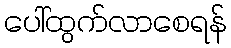
ပေါ်ထွက်လာစေရန်